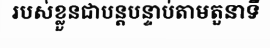
របស់ខ្លួនជាបន្តបន្ទាប់តាមតួនាទី